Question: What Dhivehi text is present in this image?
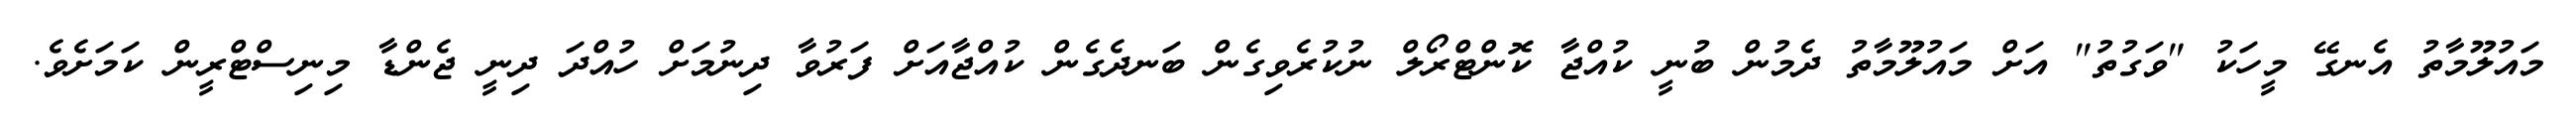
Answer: މައުލޫމާތު އެނގޭ މީހަކު "ވަގުތު" އަށް މައުލޫމާތު ދެމުން ބުނީ ކުއްޖާ ކޮންޓްރޯލް ނުކުރެވިގެން ބަނދެގެން ކުއްޖާއަށް ފަރުވާ ދިނުމަށް ހުއްދަ ދިނީ ޖެންޑާ މިނިސްޓްރީން ކަމަށެވެ.